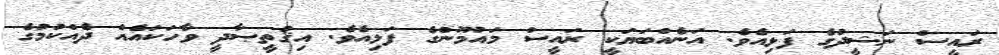
ރައީސް ނަޝީދުގެ ފަޅިއެވެ. އަނެއްބަޔަކީ ރައީސް މައުމޫންގެ ފަޅިއެވެ. އިޤުތީޞާދީ ވާހަކައެއް ދެއްކުމުގެ